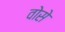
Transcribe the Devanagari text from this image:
वोसे